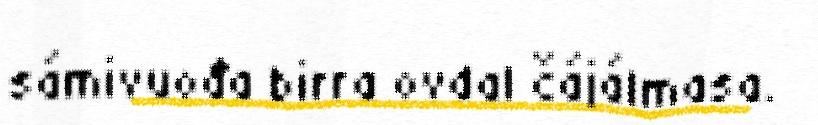
sámivuođa birra ovdal čájálmasa.